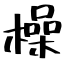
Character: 橾